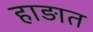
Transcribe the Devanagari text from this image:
हाड़ात